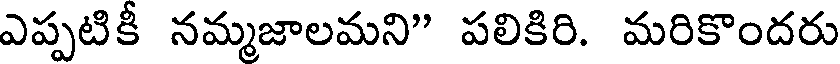
ఎప్పటికీ నమ్మజాలమని" పలికిరి. మరికొందరు